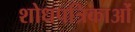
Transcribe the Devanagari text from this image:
शोधपत्रिकाओं